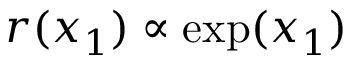
r ( x _ { 1 } ) \propto \exp ( x _ { 1 } )